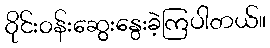
ဝိုင်းဝန်းဆွေးနွေးခဲ့ကြပါတယ်။